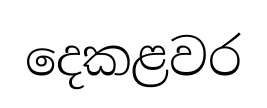
දෙකළවර